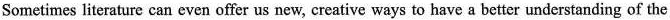
Sometimes literature can even offer us new, creative ways to have a better understanding of the